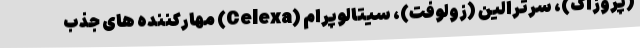
(پروزاک)، سرترالین (زولوفت)، سیتالوپرام (Celexa) مهارکننده های جذب